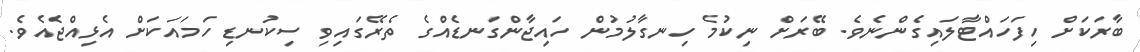
ބާރަކަށް ހިފަހައްޓާލައިގެންނެވެ. ބޭރަށް ނިކުމެ ހިނގާލުމުން ހައިޖާންގަނޑެއްގެ ތެރޭގައިވި ސިކުނޑި ހަމައަކަށް އެޅިއްޖެއެވެ.